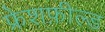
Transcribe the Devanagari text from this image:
फ्रेशफ़ील्ड